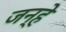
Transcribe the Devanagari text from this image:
जन्हे